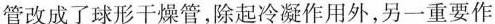
管改成了球形干燥管，除起冷凝作用外，另一重要作